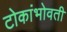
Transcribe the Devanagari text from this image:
टोकांभोवती